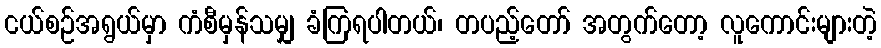
ငယ်စဉ်အရွယ်မှာ ကံစီမှန်သမျှ ခံကြရပါတယ်၊ တပည့်တော် အတွက်တော့ လူကောင်းများတဲ့